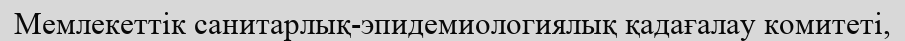
Мемлекеттік санитарлық-эпидемиологиялық қадағалау комитеті,